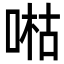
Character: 喖